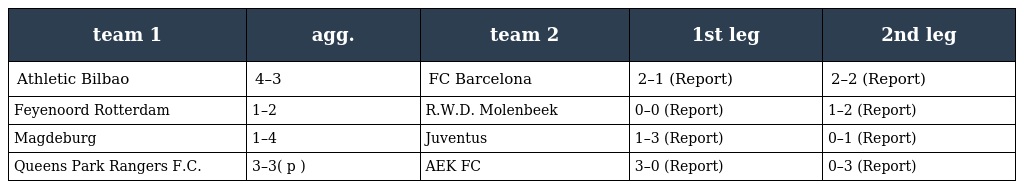
| team 1 | agg. | team 2 | 1st leg | 2nd leg |
 | --- | --- | --- | --- | --- |
 | Athletic Bilbao | 4–3 | FC Barcelona | 2–1 (Report) | 2–2 (Report) |
 | Feyenoord Rotterdam | 1–2 | R.W.D. Molenbeek | 0–0 (Report) | 1–2 (Report) |
 | Magdeburg | 1–4 | Juventus | 1–3 (Report) | 0–1 (Report) |
 | Queens Park Rangers F.C. | 3–3( p ) | AEK FC | 3–0 (Report) | 0–3 (Report) |